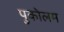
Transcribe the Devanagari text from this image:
पुकोलम